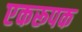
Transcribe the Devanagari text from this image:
एकरूपक